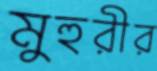
মুহুরীর